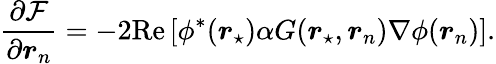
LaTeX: \frac{\partial\mathcal{F}}{\partial\boldsymbol{r}_{n}}=-2\mathrm{Re}\left[\phi^{*}(\boldsymbol{r}_{\star})\alpha G(\boldsymbol{r}_{\star},\boldsymbol{r}_{n})\nabla\phi(\boldsymbol{r}_{n})\right].